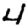
Digit: 4